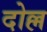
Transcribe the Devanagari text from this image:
दोल्ल